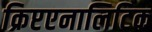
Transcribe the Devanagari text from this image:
क्रिप्टएनालिटिक